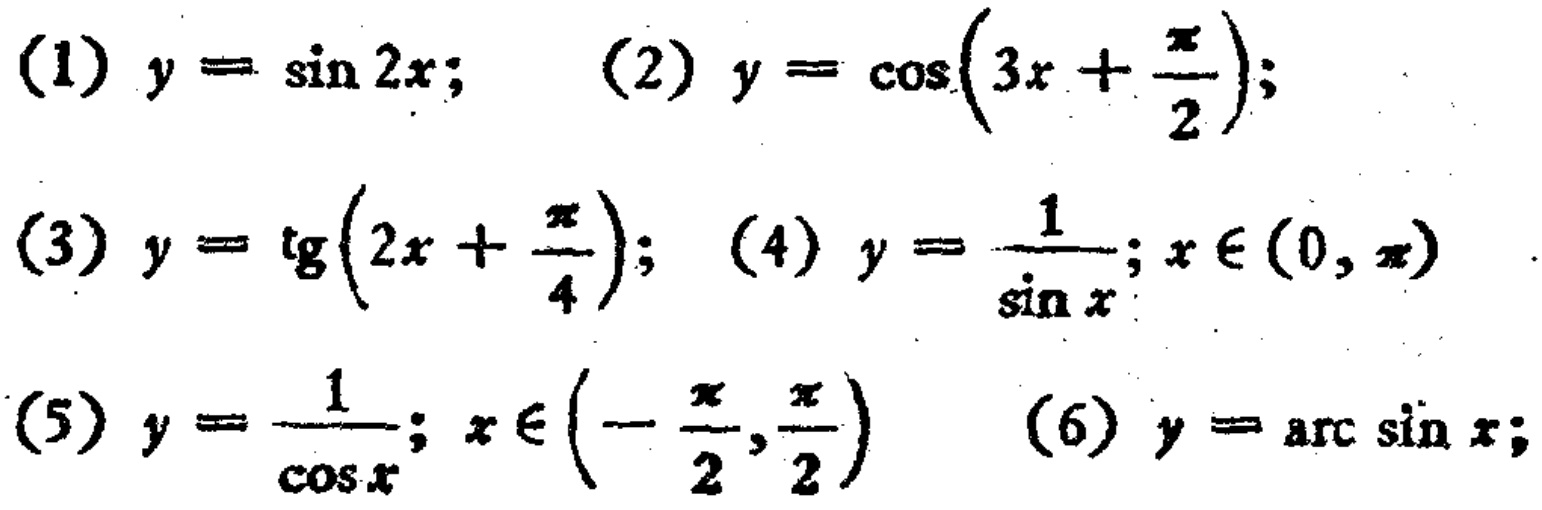
(1) \(y = \sin 2x\); (2) \(y = \cos\left(3x+\frac{\pi}{2}\right)\);
(3) \(y = \mathrm{tg}\left(2x+\frac{\pi}{4}\right)\); (4) \(y = \frac{1}{\sin x};x\in(0,\pi)\)
(5) \(y = \frac{1}{\cos x};x\in\left(-\frac{\pi}{2},\frac{\pi}{2}\right)\) (6) \(y = \arcsin x\);